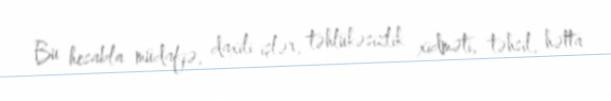
Bu hesabla müdafiə, daxili işlər, təhlükəsizlik xidməti, təhsil, hətta